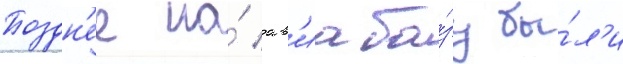
Поздн'ее на́ ав'иаба́зу бы́л'и